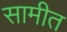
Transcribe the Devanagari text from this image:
सामीत